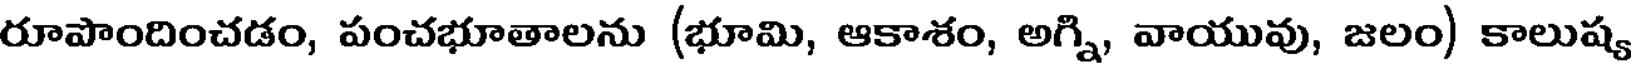
రూపొందించడం, పంచభూతాలను (భూమి, ఆకాశం, అగ్ని, వాయువు, జలం) కాలుష్య